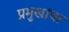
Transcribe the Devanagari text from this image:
प्रमुखांचा